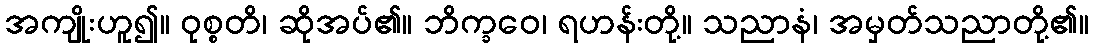
အကျိုးဟူ၍။ ဝုစ္စတိ၊ ဆိုအပ်၏။ ဘိက္ခဝေ၊ ရဟန်းတို့။ သညာနံ၊ အမှတ်သညာတို့၏။